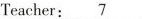
Teacher:\underline{7}